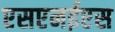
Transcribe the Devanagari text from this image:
एसएनईएस